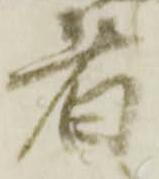
者